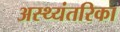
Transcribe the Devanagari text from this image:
अस्थ्यंतरिका